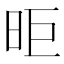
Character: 昛